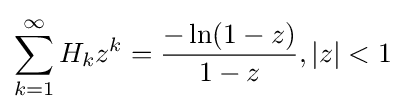
\sum _{k=1}^{\infty }H_{k}z^{k}={\frac {-\ln(1-z)}{1-z}},|z|<1